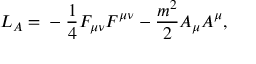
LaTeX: L _ { A } = \mathrm { } - \frac { 1 } { 4 } F _ { \mu \nu } F ^ { \mu \nu } - \frac { m ^ { 2 } } { 2 } A _ { \mu } A ^ { \mu } ,